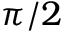
\pi / 2